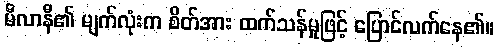
မီလာနီ၏ မျက်လုံးက စိတ်အား ထက်သန်မှုဖြင့် ပြောင်လက်နေ၏။